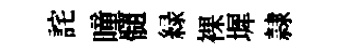
詫曈髓緑裸墀隷